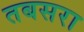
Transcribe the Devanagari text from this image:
तबसरा